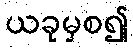
ယခုမှစ၍